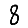
Digit: 8